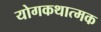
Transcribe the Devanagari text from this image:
योगकथात्मक